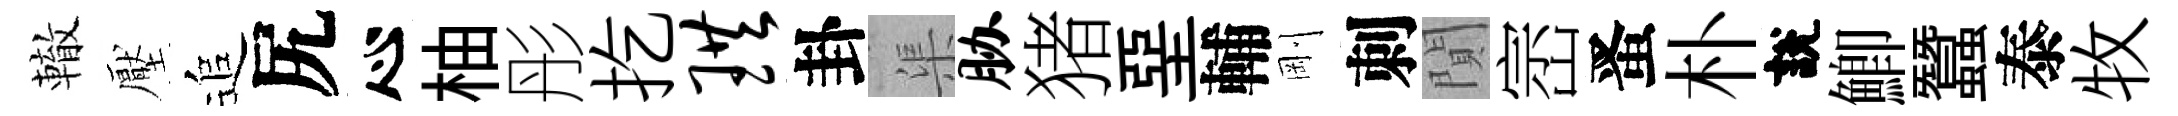
轍壓追尻心柚彤扢珙卦渠胁猪堊輔剛刺閴崈󱉠朴說鯽蠶泰牧